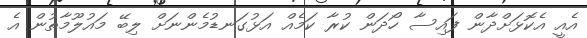
އެއީ އެކޮޅަށްދާން ފައިސާ ހޯދަން ކުރާ ކަމެއް އަޅުގަނޑުމެންނަށް ލިބޭ މައުލޫމާތުން އެ